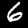
Label: 6